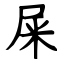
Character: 屎